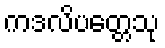
ကဒလိပတ္တေသု